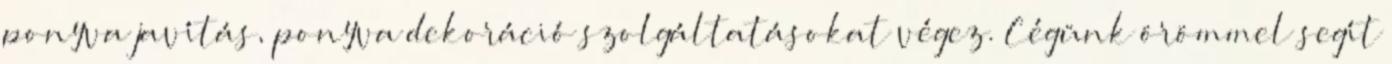
ponyva javítás, ponyva dekoráció szolgáltatásokat végez. Cégünk örömmel segít